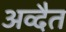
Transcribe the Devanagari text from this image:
अव्दैत